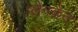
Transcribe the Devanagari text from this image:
प्लैनकैट